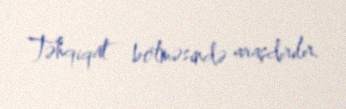
Təhqiqat bölməsində araşdırılır.